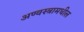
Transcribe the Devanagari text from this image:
अण्वस्त्रामधील